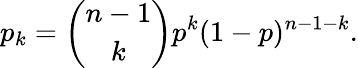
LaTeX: p_{k}={\binom{n-1}{k}}p^{k}(1-p)^{n-1-k}.